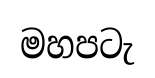
මහපටැ